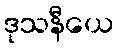
ဒုသနီယေ